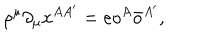
\rho ^ { \mu } \partial _ { \mu } x ^ { A A ^ { \prime } } = e o ^ { A } \bar { o } ^ { A ^ { \prime } } ,